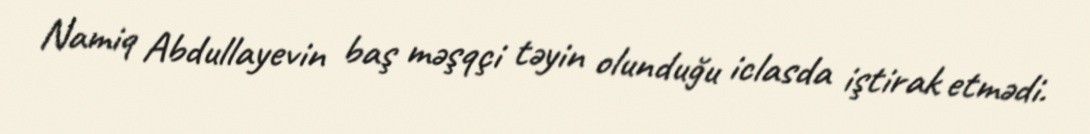
Namiq Abdullayevin baş məşqçi təyin olunduğu iclasda iştirak etmədi.